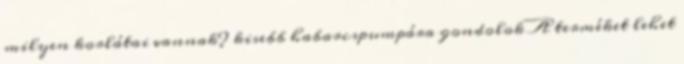
milyen korlátai vannak? kisebb habarcspumpára gondolok A terméket lehet